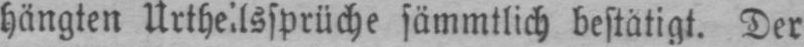
Der